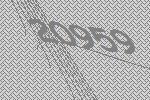
20959